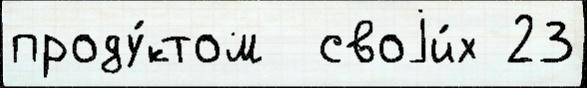
проду́ктом  своjи́х 23